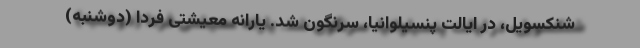
شنکسویل، در ایالت پنسیلوانیا، سرنگون شد. یارانه معیشتی فردا (دوشنبه)